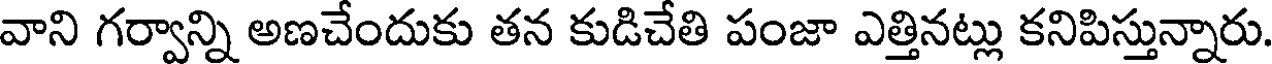
వాని గర్వాన్ని అణచేందుకు తన కుడిచేతి పంజా ఎత్తినట్లు కనిపిస్తున్నారు